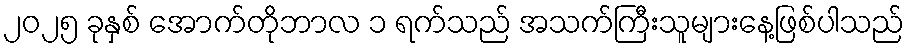
၂၀၂၅ ခုနှစ် အောက်တိုဘာလ ၁ ရက်သည် အသက်ကြီးသူများနေ့ဖြစ်ပါသည်